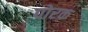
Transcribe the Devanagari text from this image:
पोरक